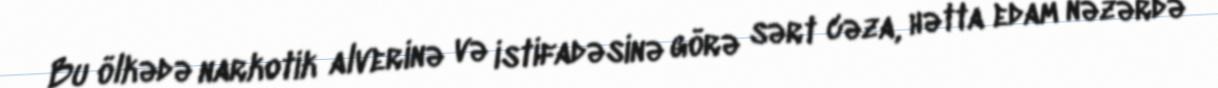
Bu ölkədə narkotik alverinə və istifadəsinə görə sərt cəza, hətta edam nəzərdə